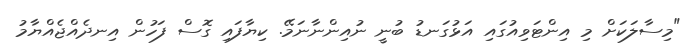
"މިސާލަކަށް މި އިންޓަވިއުގައި އަޅުގަނޑު ބުނީ ނުއިންނާނަމޭ. ކިޔާފައި ގޮސް ފަހުން އިނދެއްޖެއްޔާމު